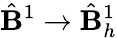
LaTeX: \hat{\mathbf{B}}^{1}\to\hat{\mathbf{B}}_{h}^{1}